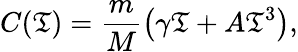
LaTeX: C(\mathfrak{T})=\frac{{m}}{{M}}\left(\gamma\mathfrak{T}+A\mathfrak{T}^{3}\right),